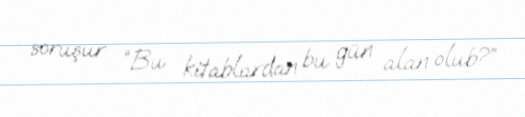
soruşur: “Bu kitablardan bu gün alan olub?”.